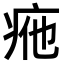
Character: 𤵩